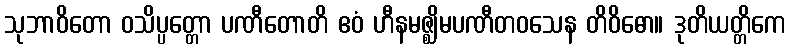
သုဘာဝိတော ဝသိပ္ပတ္တော ပဏီတောတိ ဧဝံ ဟီနမဇ္ဈိမပဏီတဝသေန တိဝိဓော။ ဒုတိယတ္တိကေ